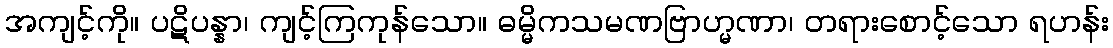
အကျင့်ကို။ ပဋိပန္နာ၊ ကျင့်ကြကုန်သော။ ဓမ္မိကသမဏဗြာဟ္မဏာ၊ တရားစောင့်သော ရဟန်း